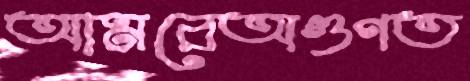
আমরেঅগুণত